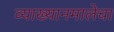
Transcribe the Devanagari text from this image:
व्याख्यानमालेचा